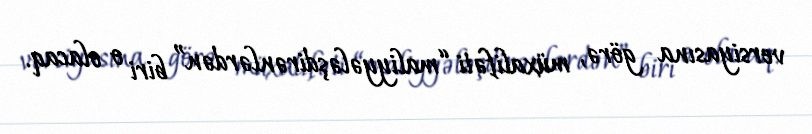
versiyasına görə, müxalifəti “maliyyələşdirənlərdən” biri o olacaq.